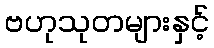
ဗဟုသုတများနှင့်